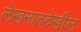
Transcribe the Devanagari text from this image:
लेखनातदेखील